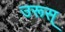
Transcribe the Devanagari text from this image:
उरूस्